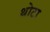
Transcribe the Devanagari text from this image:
थोटा